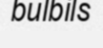
bulbils